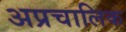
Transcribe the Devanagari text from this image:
अप्रचालिक